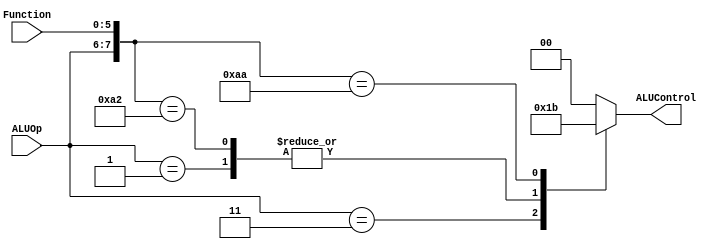
module ALUControl_Block( ALUControl, ALUOp, Function);
output [1:0] ALUControl;
reg [1:0] ALUControl;
input [1:0] ALUOp;
input [5:0] Function;
wire [7:0] ALUControlIn;
assign ALUControlIn = {ALUOp,Function};
always @(ALUControlIn)
casex (ALUControlIn)
 8'b11xxxxxx: ALUControl=2'b01;
 8'b00xxxxxx: ALUControl=2'b00;
 8'b01xxxxxx: ALUControl=2'b10;
 8'b10100000: ALUControl=2'b00;
 8'b10100010: ALUControl=2'b10;
 8'b10101010: ALUControl=2'b11;
 default: ALUControl=2'b00;
 endcase
endmodule